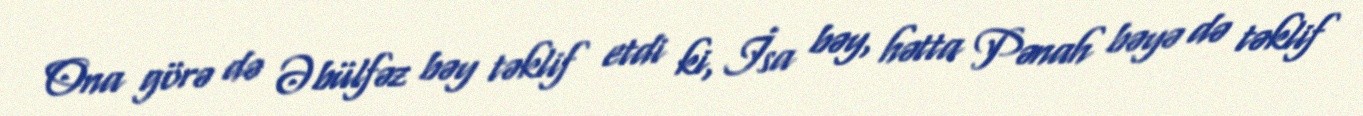
Ona görə də Əbülfəz bəy təklif etdi ki, İsa bəy, hətta Pənah bəyə də təklif